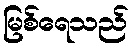
မြစ်ရေသည်